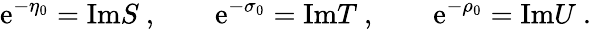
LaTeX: \mathrm{e}^{-\eta_{0}}=\mathrm{{Im}}S\ ,\qquad\mathrm{e}^{-\sigma_{0}}=\mathrm{{Im}}T\ ,\qquad\mathrm{e}^{-\rho_{0}}=\mathrm{{Im}}U\ .